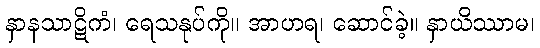
နှာနသာဋိကံ၊ ရေသနုပ်ကို။ အာဟရ၊ ဆောင်ခဲ့။ နှာယိဿာမ၊